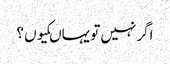
اگر نہیں تو یہاںکیوں ؟